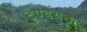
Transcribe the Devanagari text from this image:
दण्डयुक्त